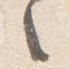
之